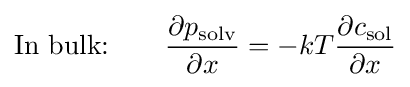
{\text{In bulk:}}~~~~~~{\frac {\partial p_{\text{solv}}}{\partial x}}=-kT{\frac {\partial c_{\text{sol}}}{\partial x}}